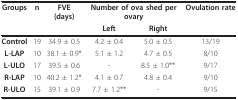
<table><thead><tr><td><b>Groups</b></td><td><b>n</b></td><td><b>FVE(days)</b></td><td colspan="2"><b>Number of ova shed per ovary</b></td><td><b>Ovulation rate</b></td></tr><tr><td></td><td></td><td></td><td><b>Left</b></td><td><b>Right</b></td><td></td></tr></thead><tbody><tr><td><b>Control</b></td><td>19</td><td>34.9 ± 0.5</td><td>4.2 ± 0.4</td><td>5.0 ± 0.5</td><td>13/19</td></tr><tr><td><b>L-LAP</b></td><td>10</td><td>38.1 ± 0.9*</td><td>5.1 ± 1.2</td><td>4.7 ± 0.5</td><td>8/10</td></tr><tr><td><b>L-ULO</b></td><td>17</td><td>39.5 ± 0.6</td><td>-</td><td>8.5 ± 1.0**</td><td>9/17</td></tr><tr><td><b>R-LAP</b></td><td>10</td><td>40.2 ± 1.2*</td><td>4.1 ± 0.7</td><td>4.8 ± 0.4</td><td>9/10</td></tr><tr><td><b>R-ULO</b></td><td>15</td><td>39.1 ± 0.9</td><td>7.7 ± 1.2**</td><td>-</td><td>9/15</td></tr></tbody></table>